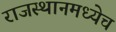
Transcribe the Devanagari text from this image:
राजस्थानमध्येच